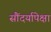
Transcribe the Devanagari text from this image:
सौंदर्यापेक्षा